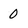
Character: 0